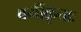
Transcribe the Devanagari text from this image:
वर्गीकृताः